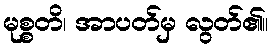
မုစ္စတိ၊ အာပတ်မှ လွတ်၏။